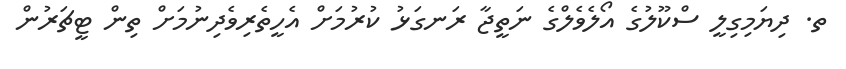
ތ. ދިޔަމިގިލީ ސްކޫލުގެ އޯލެވެލްގެ ނަތީޖާ ރަނގަޅު ކުރުމަށް އެހީތެރިވެދިނުމަށް ތިން ޓީޗަރުން